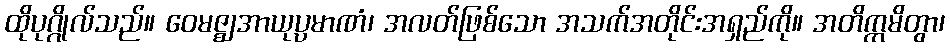
ထိုပုဂ္ဂိုလ်သည်။ ဝေမဇ္ဈအာယုပ္ပမာဏံ၊ အလတ်ဖြစ်သော အသက်အတိုင်းအရှည်ကို။ အတိက္ကမိတွာ၊